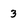
Character: 3